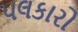
પલકારો